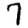
Digit: 7